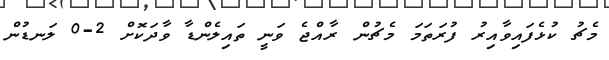
މެޗު ކުޅެފައިވާއިރު ފުރަތަމަ މެޗުން ރާއްޖެ ވަނީ ތައިލެންޑާ ވާދަކޮށް 2-0 ލަނޑުން